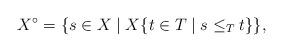
LaTeX: \begin{align*}X^\circ=\{s \in X\mid X \{t \in T \mid s \leq_T t\}\},\end{align*}